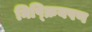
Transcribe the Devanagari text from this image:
निष्क्रियपण